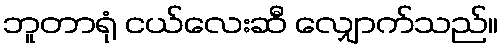
ဘူတာရုံ ငယ်လေးဆီ လျှောက်သည်။